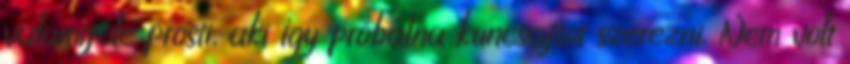
valamiféle prosti, aki így próbálna kuncsaftot szerezni. Nem volt